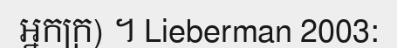
អ្នកក្រ) ។ Lieberman 2003: